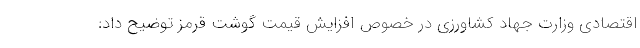
اقتصادی وزارت جهاد کشاورزی در خصوص افزایش قیمت گوشت قرمز توضیح داد: